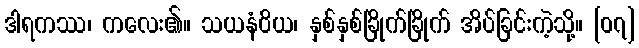
ဒါရကဿ၊ ကလေး၏။ သယနံဝိယ၊ နှစ်နှစ်ခြိုက်ခြိုက် အိပ်ခြင်းကဲ့သို့။ [၀၇]